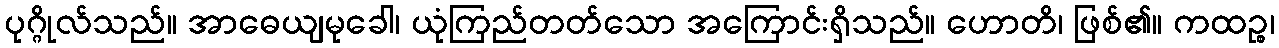
ပုဂ္ဂိုလ်သည်။ အာဓေယျမုခေါ၊ ယုံကြည်တတ်သော အကြောင်းရှိသည်။ ဟောတိ၊ ဖြစ်၏။ ကထဉ္စ၊